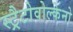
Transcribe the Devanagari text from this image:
स्ट्रैटोवोल्केनो